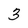
Character: 3